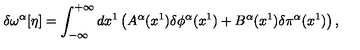
\delta \omega ^ { \alpha } [ \eta ] = \int _ { - \infty } ^ { + \infty } d x ^ { 1 } \left( A ^ { \alpha } ( x ^ { 1 } ) \delta \phi ^ { \alpha } ( x ^ { 1 } ) + B ^ { \alpha } ( x ^ { 1 } ) \delta \pi ^ { \alpha } ( x ^ { 1 } ) \right) ,